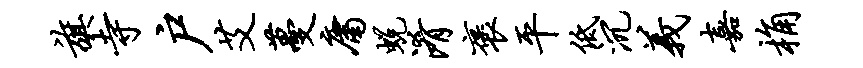
旗寺户艾蔓庸蜕淆褒平低沉义嘉桷